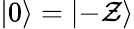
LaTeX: |0\rangle=|{-}\mathcal{Z}\rangle